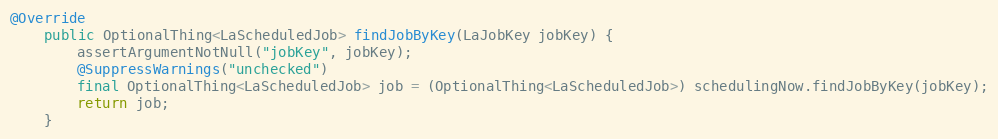
Language: Java
@Override
    public OptionalThing<LaScheduledJob> findJobByKey(LaJobKey jobKey) {
        assertArgumentNotNull("jobKey", jobKey);
        @SuppressWarnings("unchecked")
        final OptionalThing<LaScheduledJob> job = (OptionalThing<LaScheduledJob>) schedulingNow.findJobByKey(jobKey);
        return job;
    }